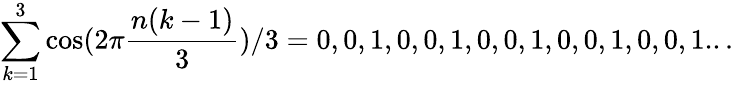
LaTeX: \sum_{k=1}^{3}\cos(2\pi{\frac{n(k-1)}{3}})/3=0,0,1,0,0,1,0,0,1,0,0,1,0,0,1...